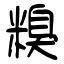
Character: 糗